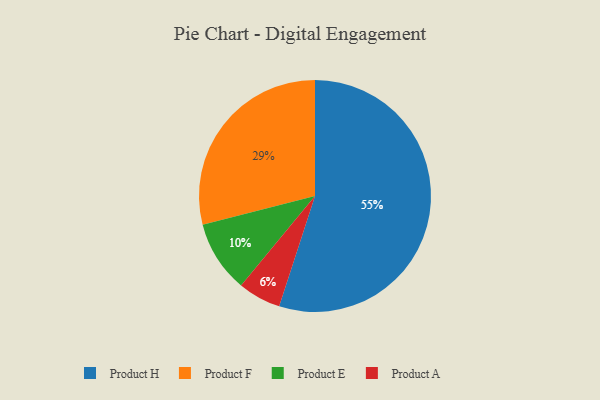
{"axis": {"x": "Category", "y": "Percentage"}, "legend": ["Product A", "Product E", "Product F", "Product H"], "data": [{"x": "Product H", "y": 55, "type": "Product H"}, {"x": "Product F", "y": 29, "type": "Product F"}, {"x": "Product A", "y": 6, "type": "Product A"}, {"x": "Product E", "y": 10, "type": "Product E"}]}